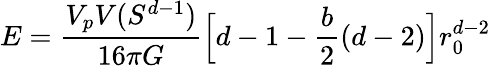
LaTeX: E=\frac{V_{p}V(S^{d-1})}{16\pi G}\Big[d-1-\frac{b}{2}(d-2)\Big]r_{0}^{d-2}